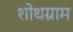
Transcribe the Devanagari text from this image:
शोधग्राम